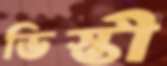
ভিস্তী